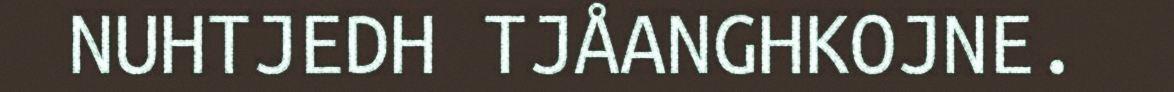
NUHTJEDH TJÅANGHKOJNE.